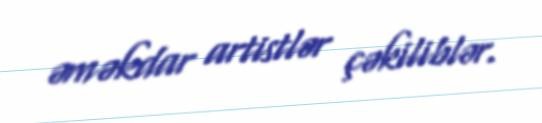
əməkdar artistlər çəkiliblər.